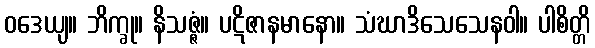
ဝဒေယျ။ ဘိက္ခု။ နိသဇ္ဇံ။ ပဋိဇာနမာနော။ သံဃာဒိသေသေနဝါ။ ပါစိတ္တိ